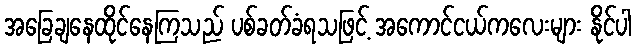
အခြေချနေထိုင်နေကြသည် ပစ်ခတ်ခံရသဖြင့် အကောင်ငယ်ကလေးများ နိုင်ပါ